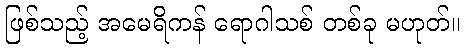
ဖြစ်သည့် အမေရိကန် ရောဂါသစ် တစ်ခု မဟုတ်။